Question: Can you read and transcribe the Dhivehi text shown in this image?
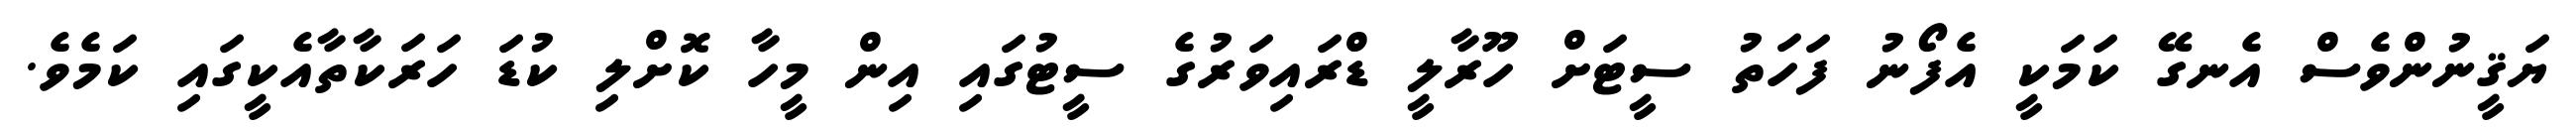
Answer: ޔަޤީނުންވެސް އެނގޭ ކަމަކީ އެފޯނު ފަހަތު ސީޓަށް ހޫރާލީ ޑްރައިވަރުގެ ސީޓުގައި އިން މީހާ ކޮށްލި ކުޑަ ހަރަކާތާއެކީގައި ކަމެވެ.